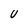
Character: U